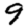
Digit: 9